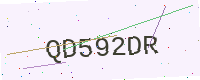
Text: QD592DR